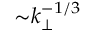
{ \sim } k _ { \perp } ^ { - 1 / 3 }